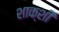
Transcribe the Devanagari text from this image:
शाक्शी